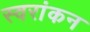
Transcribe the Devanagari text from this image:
स्वरांकन